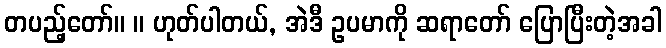
တပည့်တော်။ ။ ဟုတ်ပါတယ်, အဲဒီ ဥပမာကို ဆရာတော် ပြောပြီးတဲ့အခါ